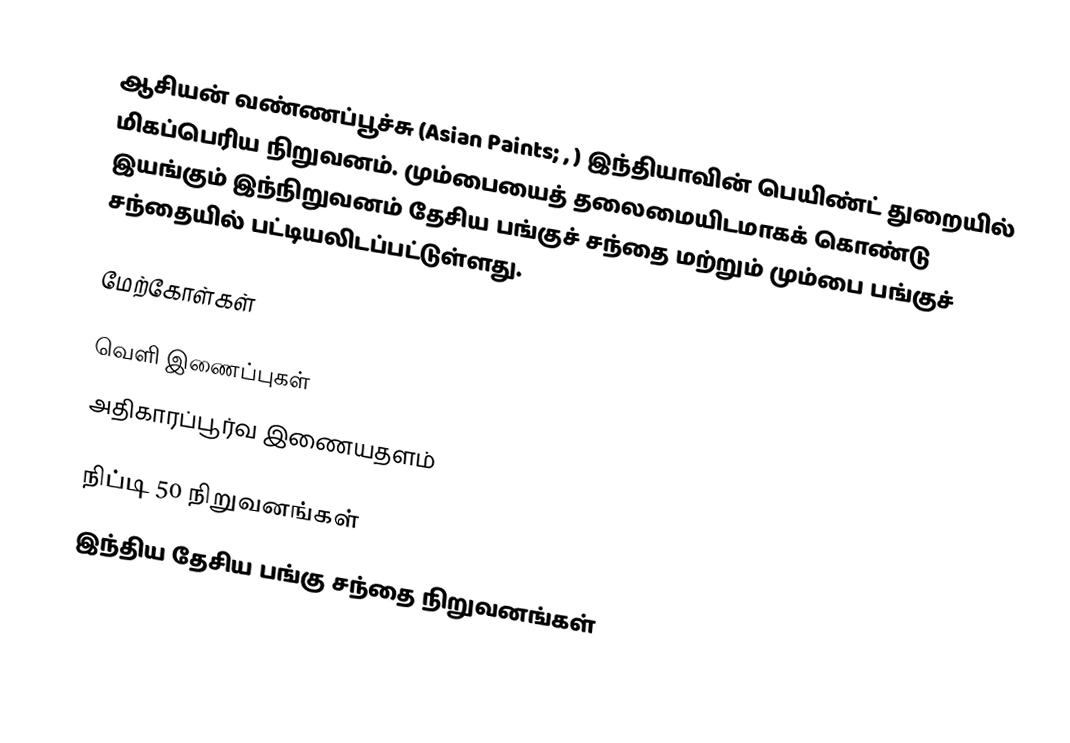
ஆசியன் வண்ணப்பூச்சு (Asian Paints; , ) இந்தியாவின் பெயிண்ட் துறையில் மிகப்பெரிய நிறுவனம். மும்பையைத் தலைமையிடமாகக் கொண்டு இயங்கும் இந்நிறுவனம் தேசிய பங்குச் சந்தை மற்றும் மும்பை பங்குச் சந்தையில் பட்டியலிடப்பட்டுள்ளது.

மேற்கோள்கள்

வெளி இணைப்புகள்
அதிகாரப்பூர்வ இணையதளம்

நிப்டி 50 நிறுவனங்கள்
இந்திய தேசிய பங்கு சந்தை நிறுவனங்கள்